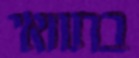
בתוואי